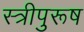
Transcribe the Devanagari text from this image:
स्त्रीपुरूष